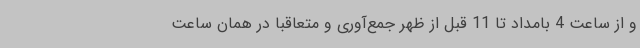
و از ساعت 4 بامداد تا 11 قبل از ظهر جمع‌آوری و متعاقبا در همان ساعت